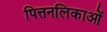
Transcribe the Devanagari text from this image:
पित्तनलिकाओं